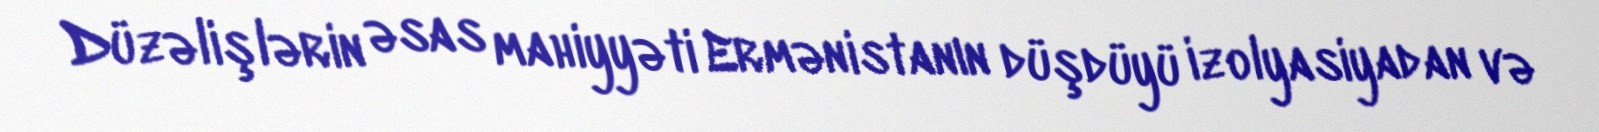
Düzəlişlərin əsas mahiyyəti Ermənistanın düşdüyü izolyasiyadan və